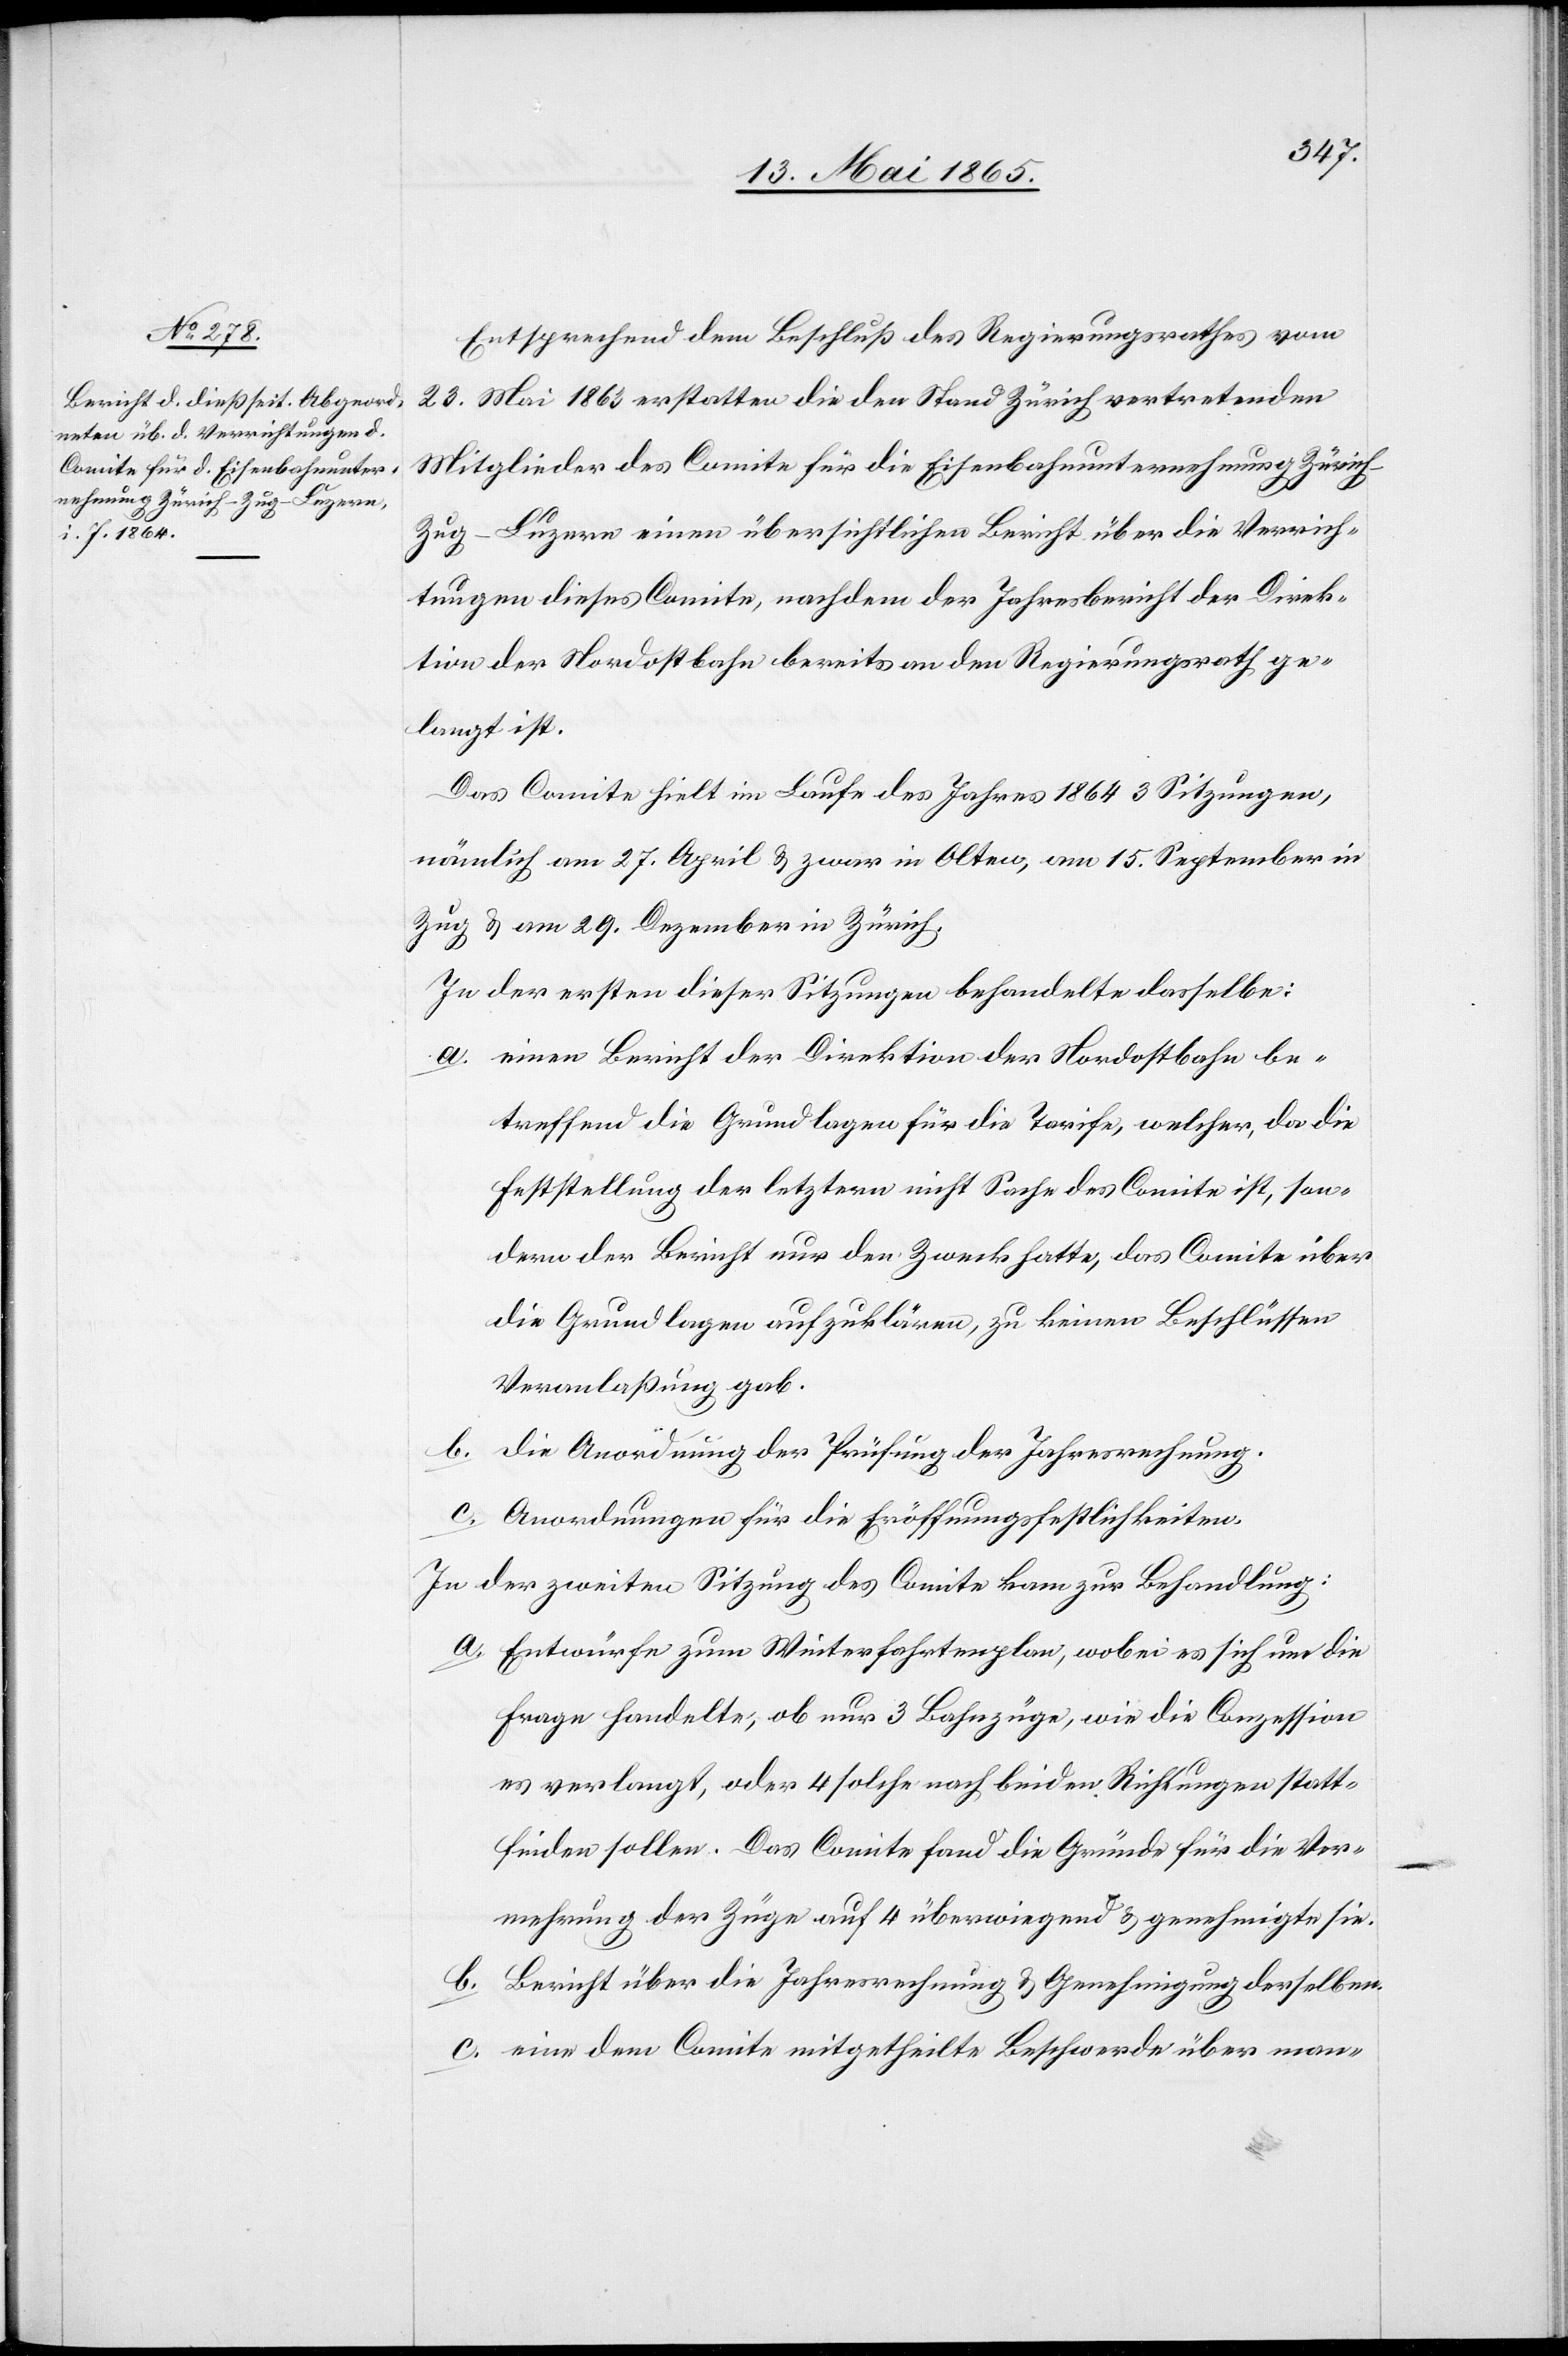
Entsprechend dem Beschluß des Regierungsrathes vom
23. Mai 1863 erstatten die den Stand Zürich vertretenden
Mitglieder des Comite für die Eisenbahnunternehmung Züric¬
h–Zug–Luzern einen übersichtlichen Bericht über die Verrich¬
tungen dieses Comite, nachdem der Jahresbericht der Direk¬
tion der Nordostbahn bereits an den Regierungsrath ge¬
langt ist.
Das Comite hielt im Laufe des Jahres 1864 3 Sitzungen,
nämlich am 27. April & zwar in Olten, am 15. September in
Zug & am 29. Dezember in Zürich.
In der ersten dieser Sitzungen behandelte dasselbe:
a. einen Bericht der Direktion der Nordostbahn be¬
treffend die Grundlagen für die Tarife, welcher, da die
Feststellung der letztern nicht Sache des Comite ist, son¬
dern der Bericht nur den Zweck hatte, das Comite über
die Grundlagen aufzuklären, zu keinen Beschlüssen
Veranlaßung gab.
b. Die Anordnung der Prüfung der Jahresrechnung.
c. Anordnungen für die Eröffnungsfestlichkeiten.
In der zweiten Sitzung des Comite kam zur Behandlung:
a. Entwürfe zum Winterfahrtenplan, wobei es sich um die
Frage handelte, ob nur 3 Bahnzüge, wie die Conzession
es verlangt, oder 4 solche nach beiden Richtungen statt¬
finden sollen. Das Comite fand die Gründe für die Ver¬
mehrung der Züge auf 4 überwiegend & genehmigte sie.
b. Bericht über die Jahresrechnung & Genehmigung derselben.
c. eine dem Comite mitgetheilte Beschwerde über man-